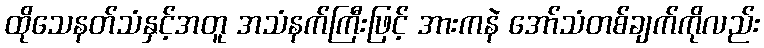
ထိုသေနတ်သံနှင့်အတူ အသံနက်ကြီးဖြင့် အားကနဲ အော်သံတစ်ချက်ကိုလည်း